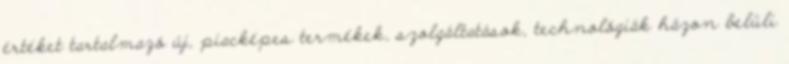
értéket tartalmazó új, piacképes termékek, szolgáltatások, technológiák házon belüli